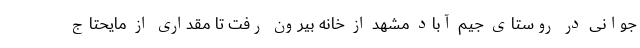
جوانی در روستای جیم آباد مشهد از خانه بیرون رفت تا مقداری از مایحتاج